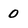
Character: 0